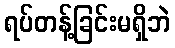
ရပ်တန့်ခြင်းမရှိဘဲ